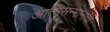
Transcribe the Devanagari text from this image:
आत्मसन्मानाचा